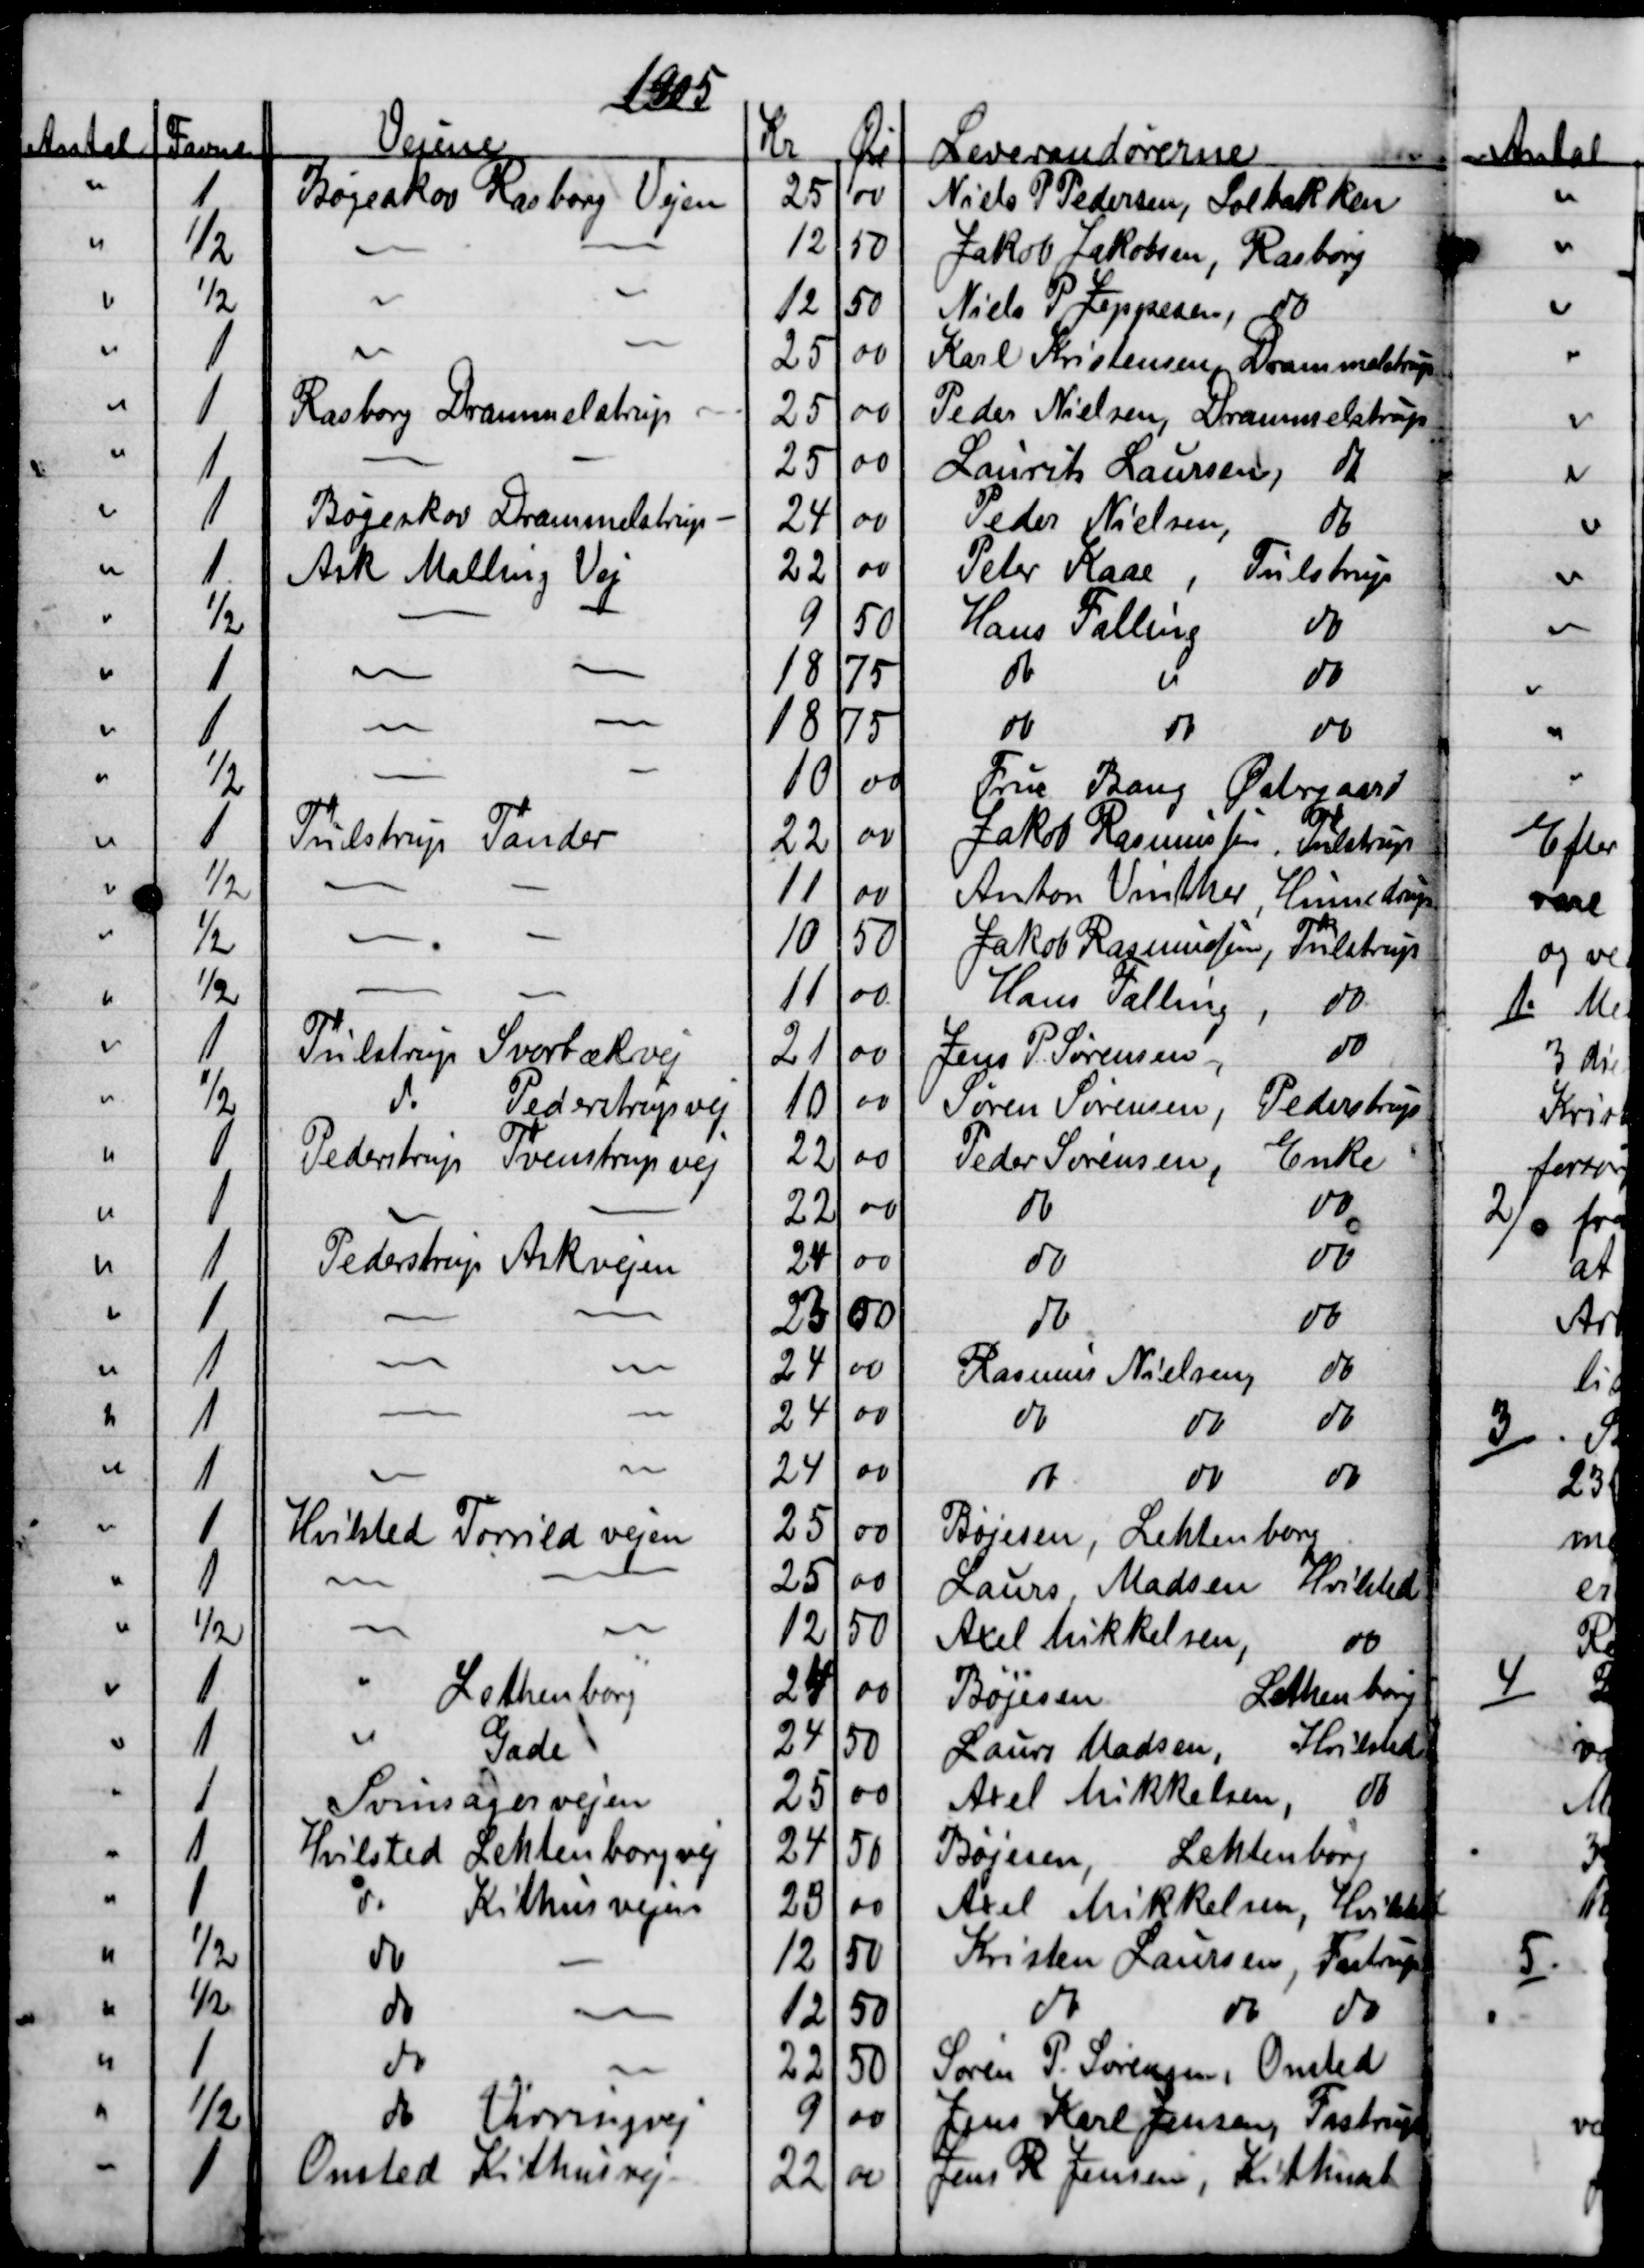
Transskription:
1905
Antal
Favne
Vejene
Kr
Øre
Leverandørerne
1
Bøgeskov Rasborg Vejen
25
00
Niels P Pedersen, Solbakken
½
12
50
Jakob Jakobsen, Rasborg
½
12
50
Niels P Jeppesen, do
1
25
00
Karl Kristensen, Drammelstrup
1
Rasborg Drammelstrup
25
00
Peder Nielsen, Drammelstrup
1
25
00
Laurits Laursen, do
1
Bøgeskov Drammelstrup
24
00
Peder Nielsen
do
1
Ask Malling Vej
22
00
Peter Kaae, Tulstrup
½
9
50
Hans Falling
do
1
18
75
do
do
do
1
18
75
do
do
do
½
10
00
Frue Bang Østergaard
1
Tulstrup Tander
22
00
Jakob Rasmussen Tulstrup
½
11
00
Anton Vinther, Hinnedrup
½
10
50
Jakob Rasmussen, Tulstrup
½
11
00
Hans Falling
do
1
Tulstrup Svorbækvej
21
00
Jens P. Sørensen
do
½
do
Pederstrupvej
10
00
Søren Sørensen Pederstrup
1
Pederstrup Tvenstrup vej
22
00
Peder Sørensen
Enke
1
22
00
do
do
1
Pederstrup Askvejen
24
00 
do
do
1
23
00
do
do
1
24
00
Rasmus Nielsen,
do
1
24
00
do
do
do
1
24
00
do
do
do
1
Hvilsted Torrild vejen
25
00
Bøjesen, Lehtenborg
1
25
00
Laurs Madsen Hvilsted
½
12
50
Axel Mikkelsen
do
1
Lethenborg
24
00
Bøjesen
Lethenborg
1
Gade
24
50
Laurs Madsen,
Hvilsted
1
Svinsagervejen
25
00
Axel Mikkelsen, do
1
Hvilsted Lehtenborgvej
24
50
Bøjesen, Lehtenborg
1
do
Kithusvejen
23
00
Axel Mikkelsen, Hvilsted
½
do
12
50
Kristen Laursen, Fastrup
½
do
12
50
do
do
do
1
do
22
50
Søren P. Sørensen, Onsted
½
do
Virringvej
9
00
Jens Karl Jensen, Fastrup
1
Onsted Kithusvej
22
00
Jens R. Jensen, Kithuset